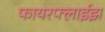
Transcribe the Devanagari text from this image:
फायरफ्लाईझ